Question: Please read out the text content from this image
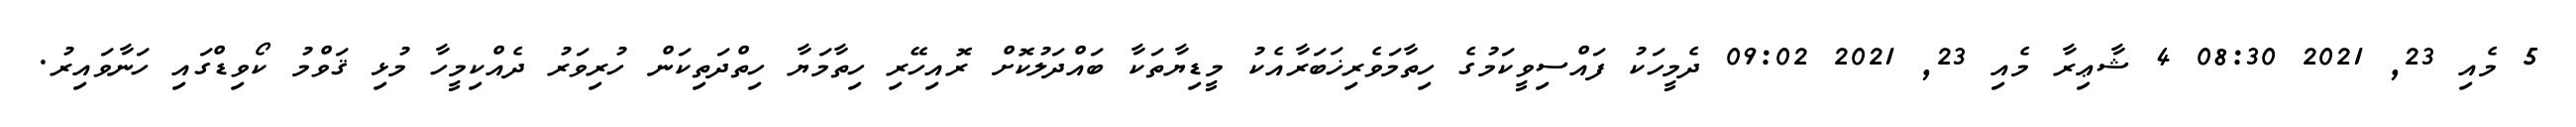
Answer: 5 މެއި 23, 2021 08:30 4 ޝާޢިރާ މެއި 23, 2021 09:02 ދެމީހަކު ފައްސިވީކަމުގެ ހިތާމަވެރިޚަބަރާއެކު މީޑިޔާތަކާ ބައްދަލުކޮށް ރޮއިހޭރި ހިތާމަޔާ ހިތްދަތިކަން ހުރިވަރު ދެއްކިމީހާ މުޅި ޤަވްމު ކޯވިޑްގައި ހަނާވައިރު.